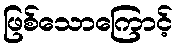
ဖြစ်သောကြောင့်